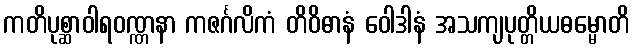
ကတိပုစ္ဆာဝါရဝဏ္ဏနာ ကဇင်္ဂလိကံ တိဝိဓာနံ ဝေါဒါနံ အသကျပုတ္တိယဓမ္မောတိ